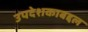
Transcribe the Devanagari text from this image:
उपदेशकाबद्दल